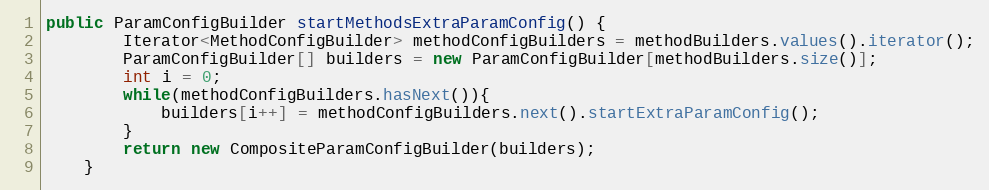
Language: Java
public ParamConfigBuilder startMethodsExtraParamConfig() {
        Iterator<MethodConfigBuilder> methodConfigBuilders = methodBuilders.values().iterator();
        ParamConfigBuilder[] builders = new ParamConfigBuilder[methodBuilders.size()];
        int i = 0;
        while(methodConfigBuilders.hasNext()){
            builders[i++] = methodConfigBuilders.next().startExtraParamConfig();
        }
        return new CompositeParamConfigBuilder(builders);
    }